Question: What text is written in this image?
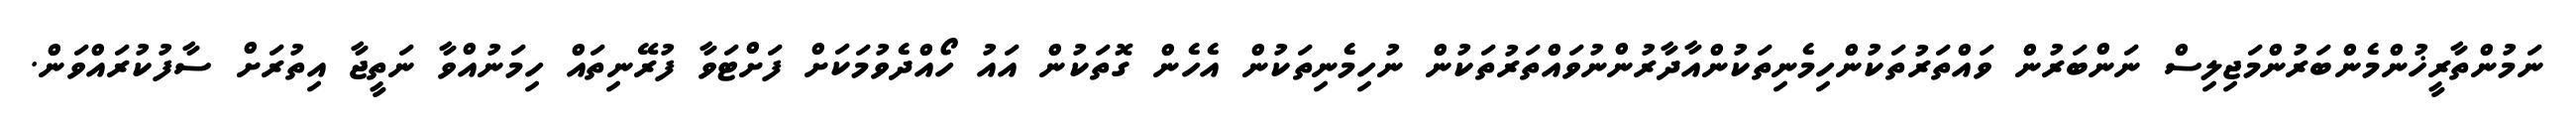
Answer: ނަމުންތާރީޚުންމެންބަރުންމަޖިލިސް ނަންބަރުން ވައްތަރުތަކުންހިމެނިތަކުންއާދާރުންނުވައްތަރުތަކުން ނުހިމެނިތަކުން އެހެން ގޮތަކުން އައު ހޯއްދެވުމަކަށް ފަށްޓަވާ ފުރޭނިތައް ހިމަނުއްވާ ނަތީޖާ އިތުރަށް ސާފުކުރައްވަން.